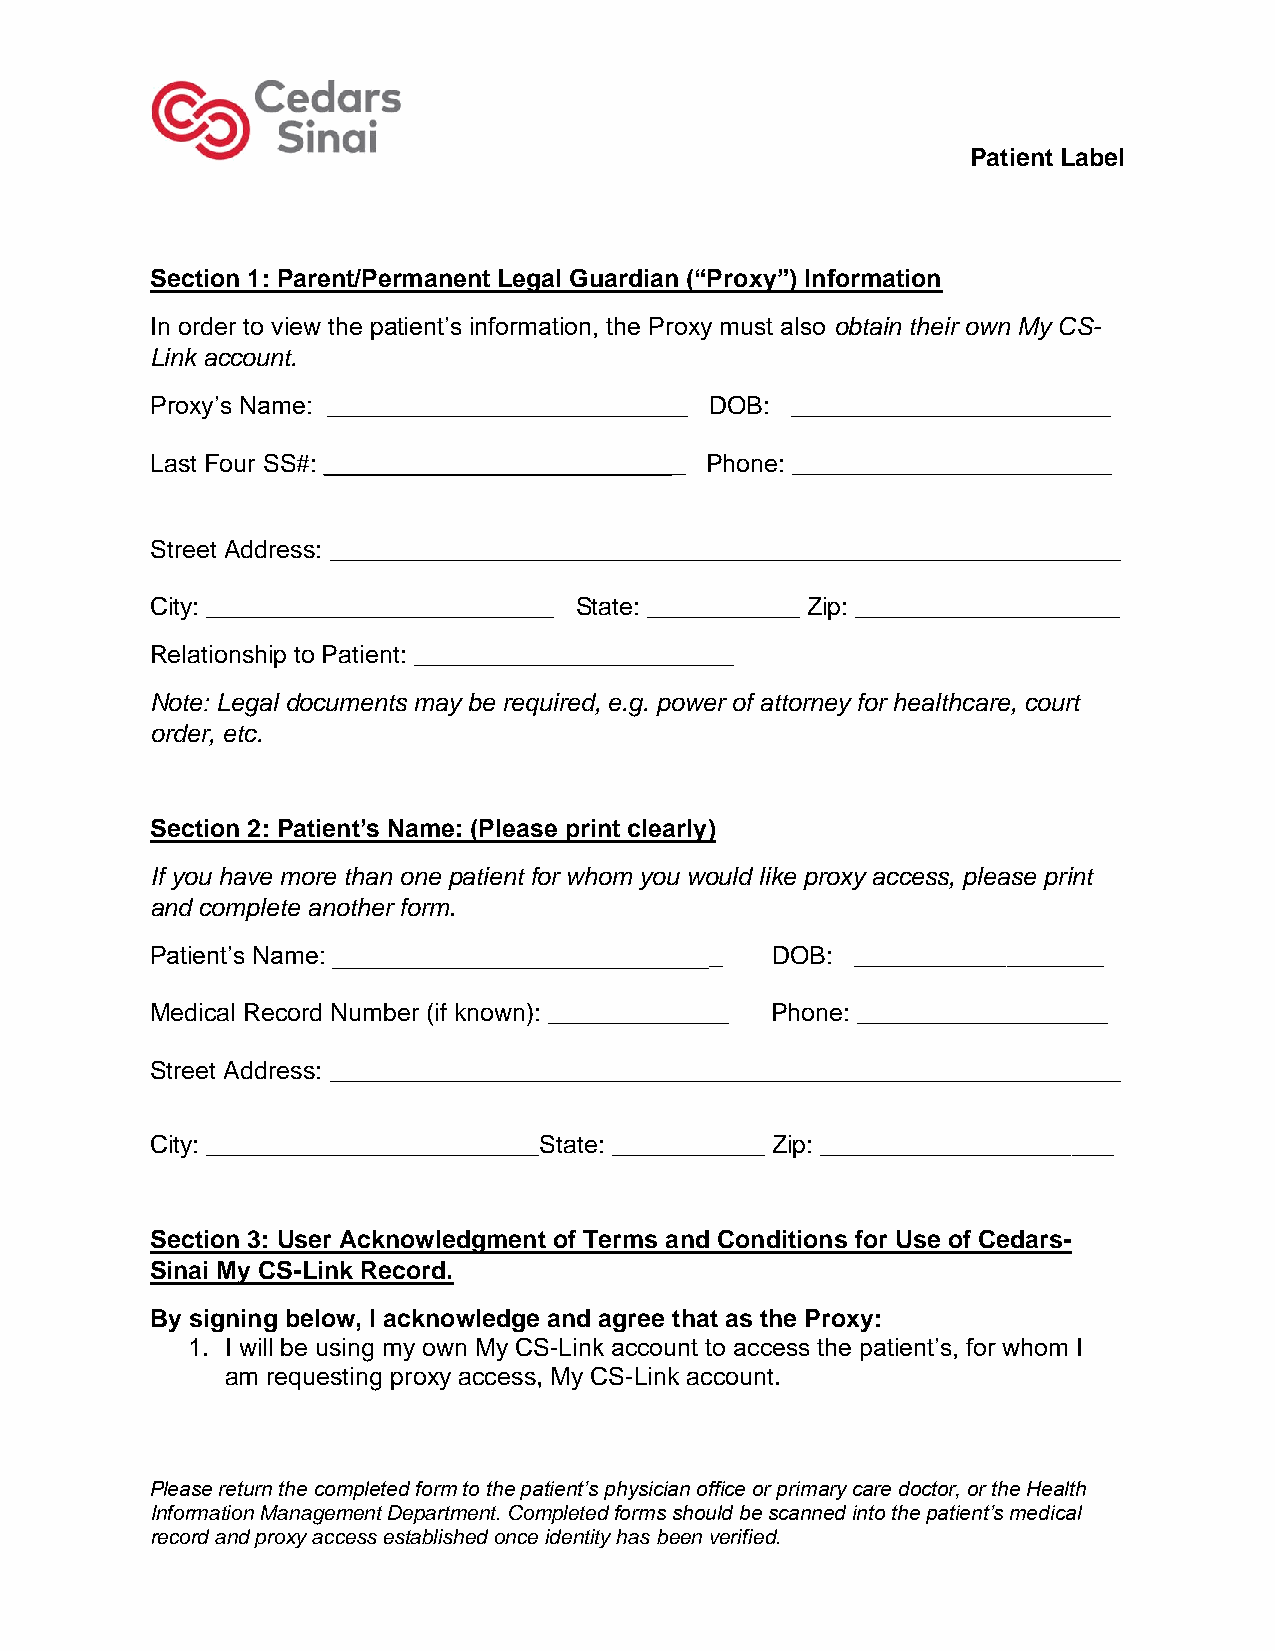
Patient Label
 Section 1: Parent/Permanent Legal Guardian (“Proxy”) Information
 In order to view the patient’s information, the Proxy must also obtain their own My CS-
 Link account.
 Proxy’s Name: __________________________ DOB: _______________________
 Last Four SS#: __________________________ Phone: _______________________
 Street Address: _________________________________________________________
 City: _________________________ State: ___________ Zip: ___________________
 Relationship to Patient: _______________________
 Note: Legal documents may be required, e.g. power of attorney for healthcare, court
 order, etc.
 Section 2: Patient’s Name: (Please print clearly)
 If you have more than one patient for whom you would like proxy access, please print
 and complete another form.
 Patient’s Name: ____________________________ DOB: __________________
 Medical Record Number (if known): _____________ Phone: __________________
 Street Address: _________________________________________________________
 City: ________________________State: ___________ Zip: _____________________
 Section 3: User Acknowledgment of Terms and Conditions for Use of Cedars-
 Sinai My CS-Link Record.
 By signing below, I acknowledge and agree that as the Proxy:
 1. I will be using my own My CS-Link account to access the patient’s, for whom I
 am requesting proxy access, My CS-Link account.
 Please return the completed form to the patient’s physician office or primary care doctor, or the Health
 Information Management Department. Completed forms should be scanned into the patient’s medical
 record and proxy access established once identity has been verified.